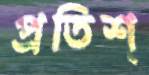
প্রতিশ্